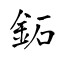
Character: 鉐